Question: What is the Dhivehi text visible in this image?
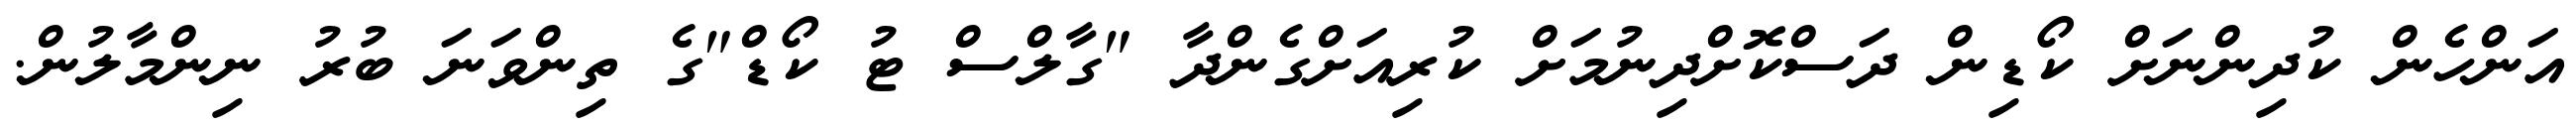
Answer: އަންހެން ކުދިންނަށް ކޯޑިން ދަސްކޮށްދިނުމަށް ކުރިއަށްގެންދާ "ގާލްސް ޓު ކޯޑް"ގެ ތިންވަނަ ބުރު ނިންމާލުން.